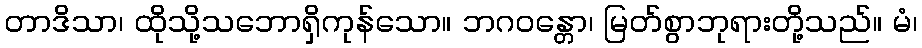
တာဒိသာ၊ ထိုသို့သဘောရှိကုန်သော။ ဘဂဝန္တော၊ မြတ်စွာဘုရားတို့သည်။ မံ၊